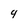
Character: 9